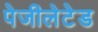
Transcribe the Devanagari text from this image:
पेजीलेटेड